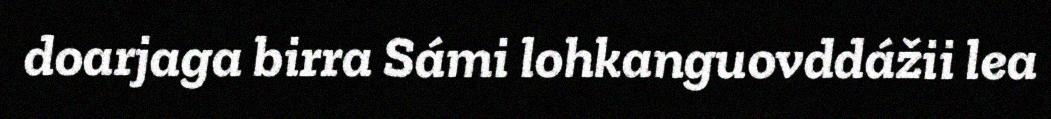
doarjaga birra Sámi lohkanguovddážii lea